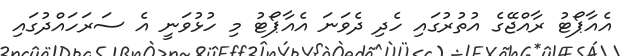
އެއާޕޯޓު ރާއްޖޭގެ އުތުރުގައި ހެދި ދެވަނަ އެއާޕޯޓު މި ހުޅުވަނީ އެ ސަރަހައްދުގައި